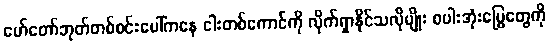
မော်တော်ဘုတ်တစ်စင်းပေါ်ကနေ ငါးတစ်ကောင်ကို လိုက်ရှာနိုင်သလိုမျိုး စပါးအုံးမြွေတွေကို